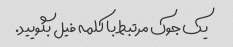
یک جوک مرتبط با کلمه فیل بگویید.